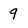
Character: 9